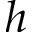
h